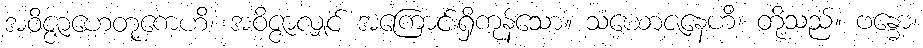
အဝိဇ္ဇာဟေတုကေဟိ၊ အဝိဇ္ဇာလျှင် အကြောင်းရှိကုန်သော။ သံယောဇနေဟိ၊ တို့သည်။ ဗန္ဓော၊